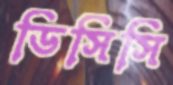
ডিসিসি